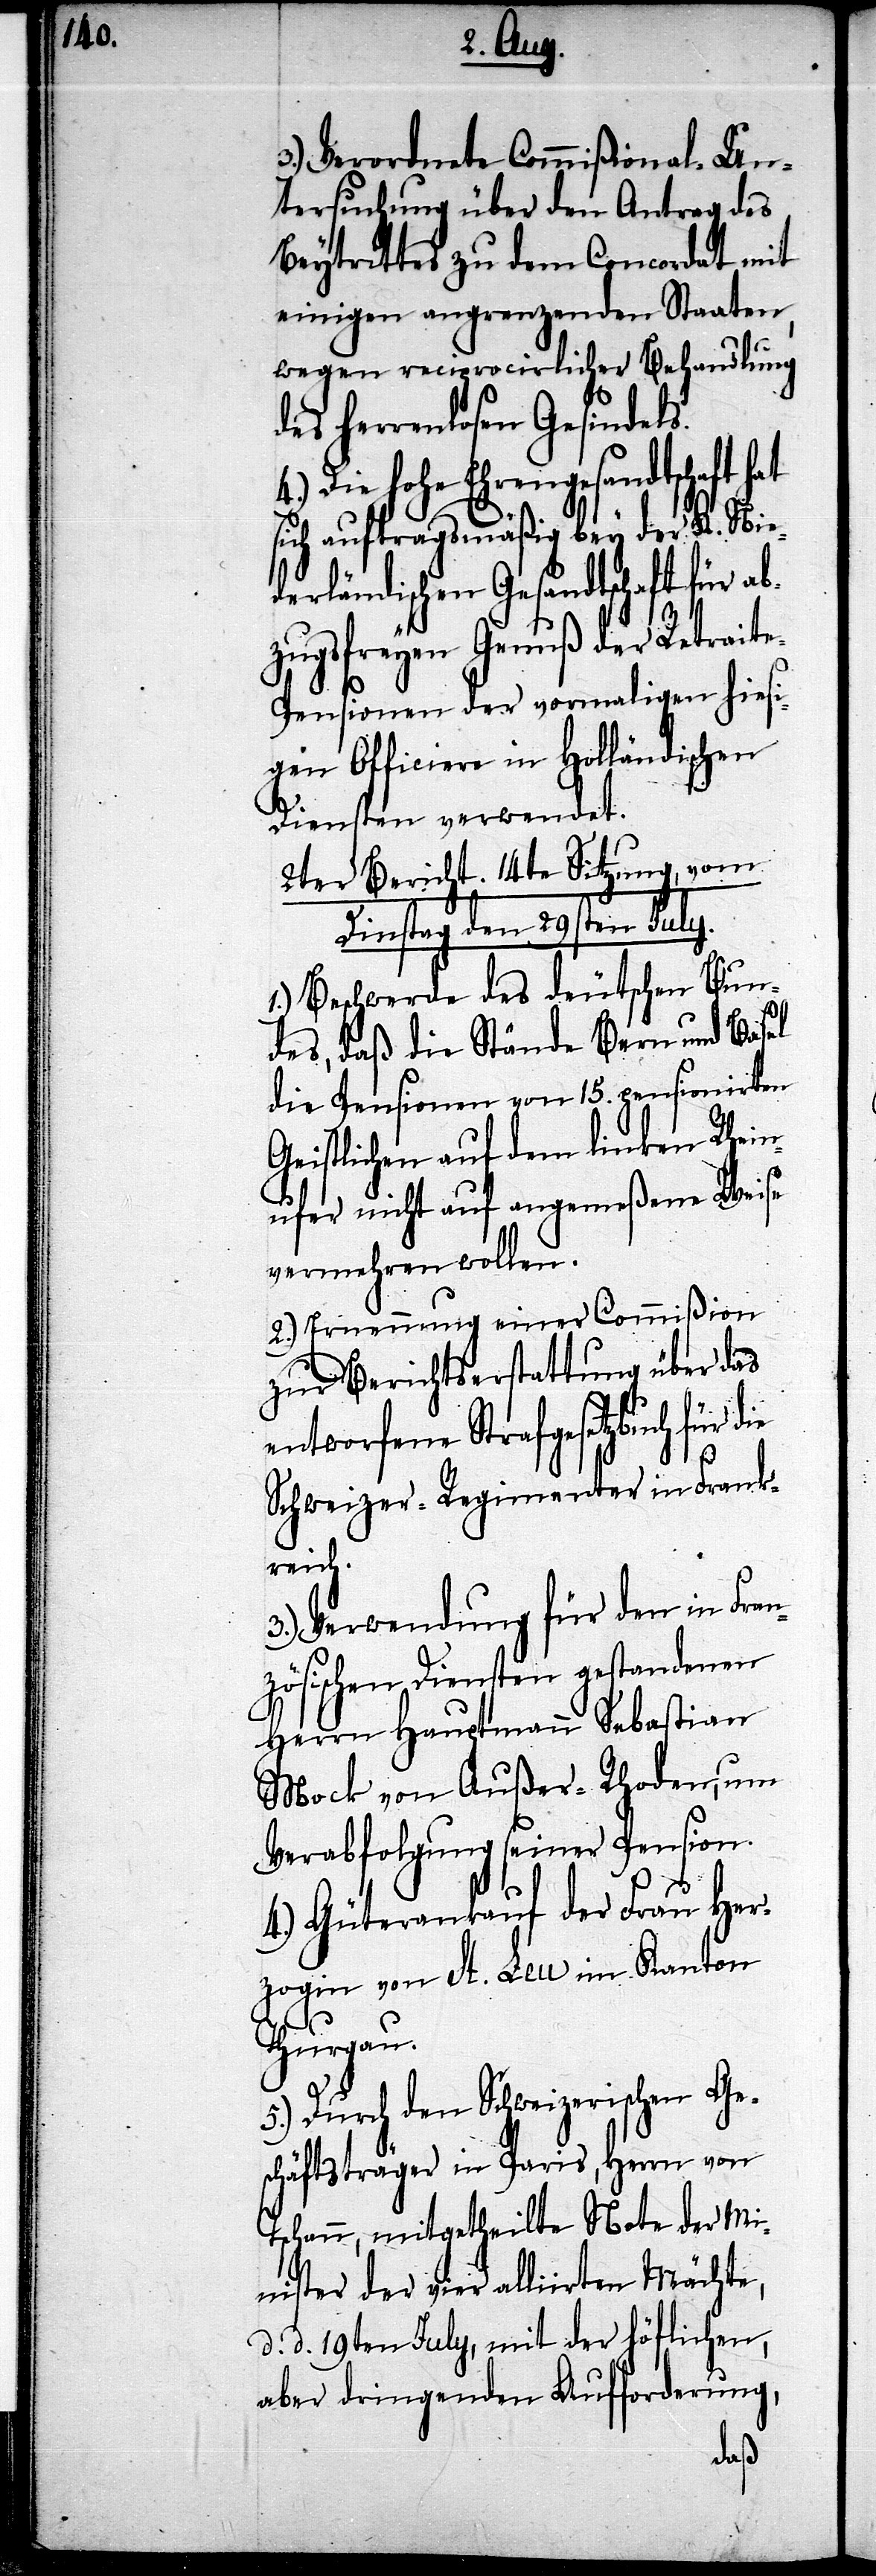
3.) Verordnete Commißional-Un¬
tersuchung über den Antrag des
Beytrittes zu dem Concordat mit
einigen angrenzenden Staaten,
wegen reciprocirlicher Behandlung
des Herrenlosen Gesindels.
4.) Die hohe Ehrengesandtschaft hat
sich auftragsmäßig bey der K. Nie¬
derländischen Gesandtschaft für ab¬
zugsfreyen Genuß der Retrait¬
e-Pensionen der vormaligen hiesi¬
gen Officiere in Holländischen
Diensten verwendet.
2ter Bericht. 14te Sitzung, vom
Dinstag den 29sten July.
1.) Beschwerde des deutschen Bun¬
des, daß die Stände Bern und Basel
die Pensionen von 15. pensionirten
Geistlichen auf dem linken Rhein¬
ufer nicht auf angemeßene Weise
vermehren wollen.
2.) Ernennung einer Commißion
zur Berichtserstattung über das
entworfene Strafgesetzbuch für
Schweizer-Regimenter in Frank¬
reich.
3.) Verwendung für den in Fran¬
zösischen Diensten gestandenen
Herrn Hauptmann Sebastian
Mock von Außer-Rhoden, um
Verabfolgung seiner Pension.
4.) Güterankauf der Frau Her¬
zogin von St. Leu im Kanton
Thurgau.
5.) Durch den Schweizerischen Ge¬
schäftsträger in Paris, Herrn von
Tschann, mitgetheilte Note der Mi¬
nister der vier alliirten Mächte,
d. d. 19ten July, mit der höflichen,
aber dringenden Aufforderung,